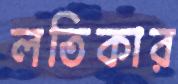
লতিকার